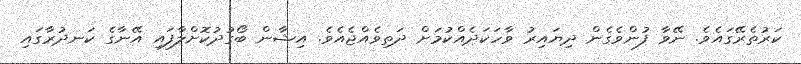
ކަރުތެރޭގައެވެ. ނޭވާ ފުންވެގެން ދިޔައިރު ވާހަކަދެއްކުމަށް ދަތިވެއްޖެއެވެ. އިޝާން ބޯގުދުކޮށްލާފައި އޭނާގެ ކަނދުރާގައި